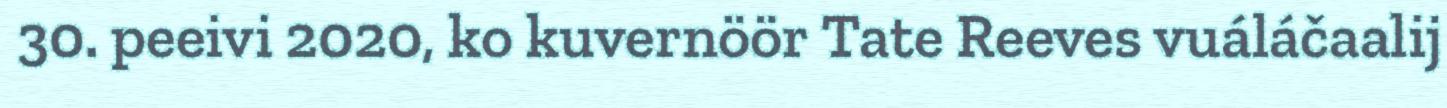
30. peeivi 2020, ko kuvernöör Tate Reeves vuáláčaalij